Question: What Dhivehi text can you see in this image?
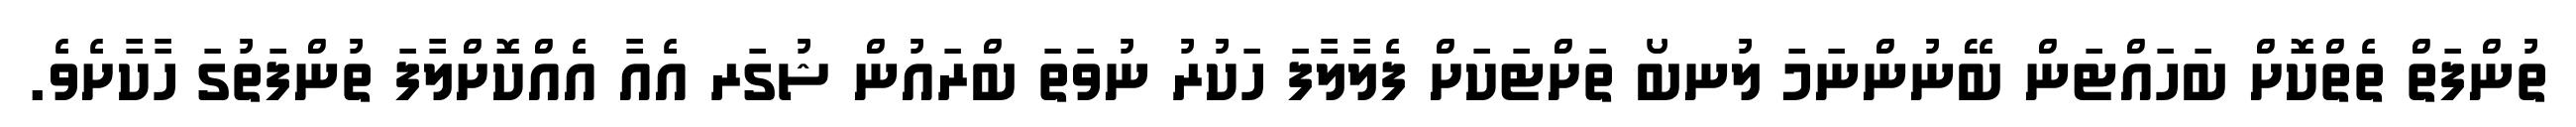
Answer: ތުންފަތް ތެތްކޮށް ބަހައްޓަން ބޭނުންނަމަ ލުނބޯ ތަށްޓަކަށް ފެލާލާފަ ހަކުރު ނުވަތަ ބްރައުން ޝުގަރ އެއާ އެއްކޮށްލާފަ ތުންފަތުގަ ހާކާށެވެ.